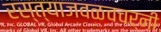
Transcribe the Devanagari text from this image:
रस्त्याजवळचचर्नी